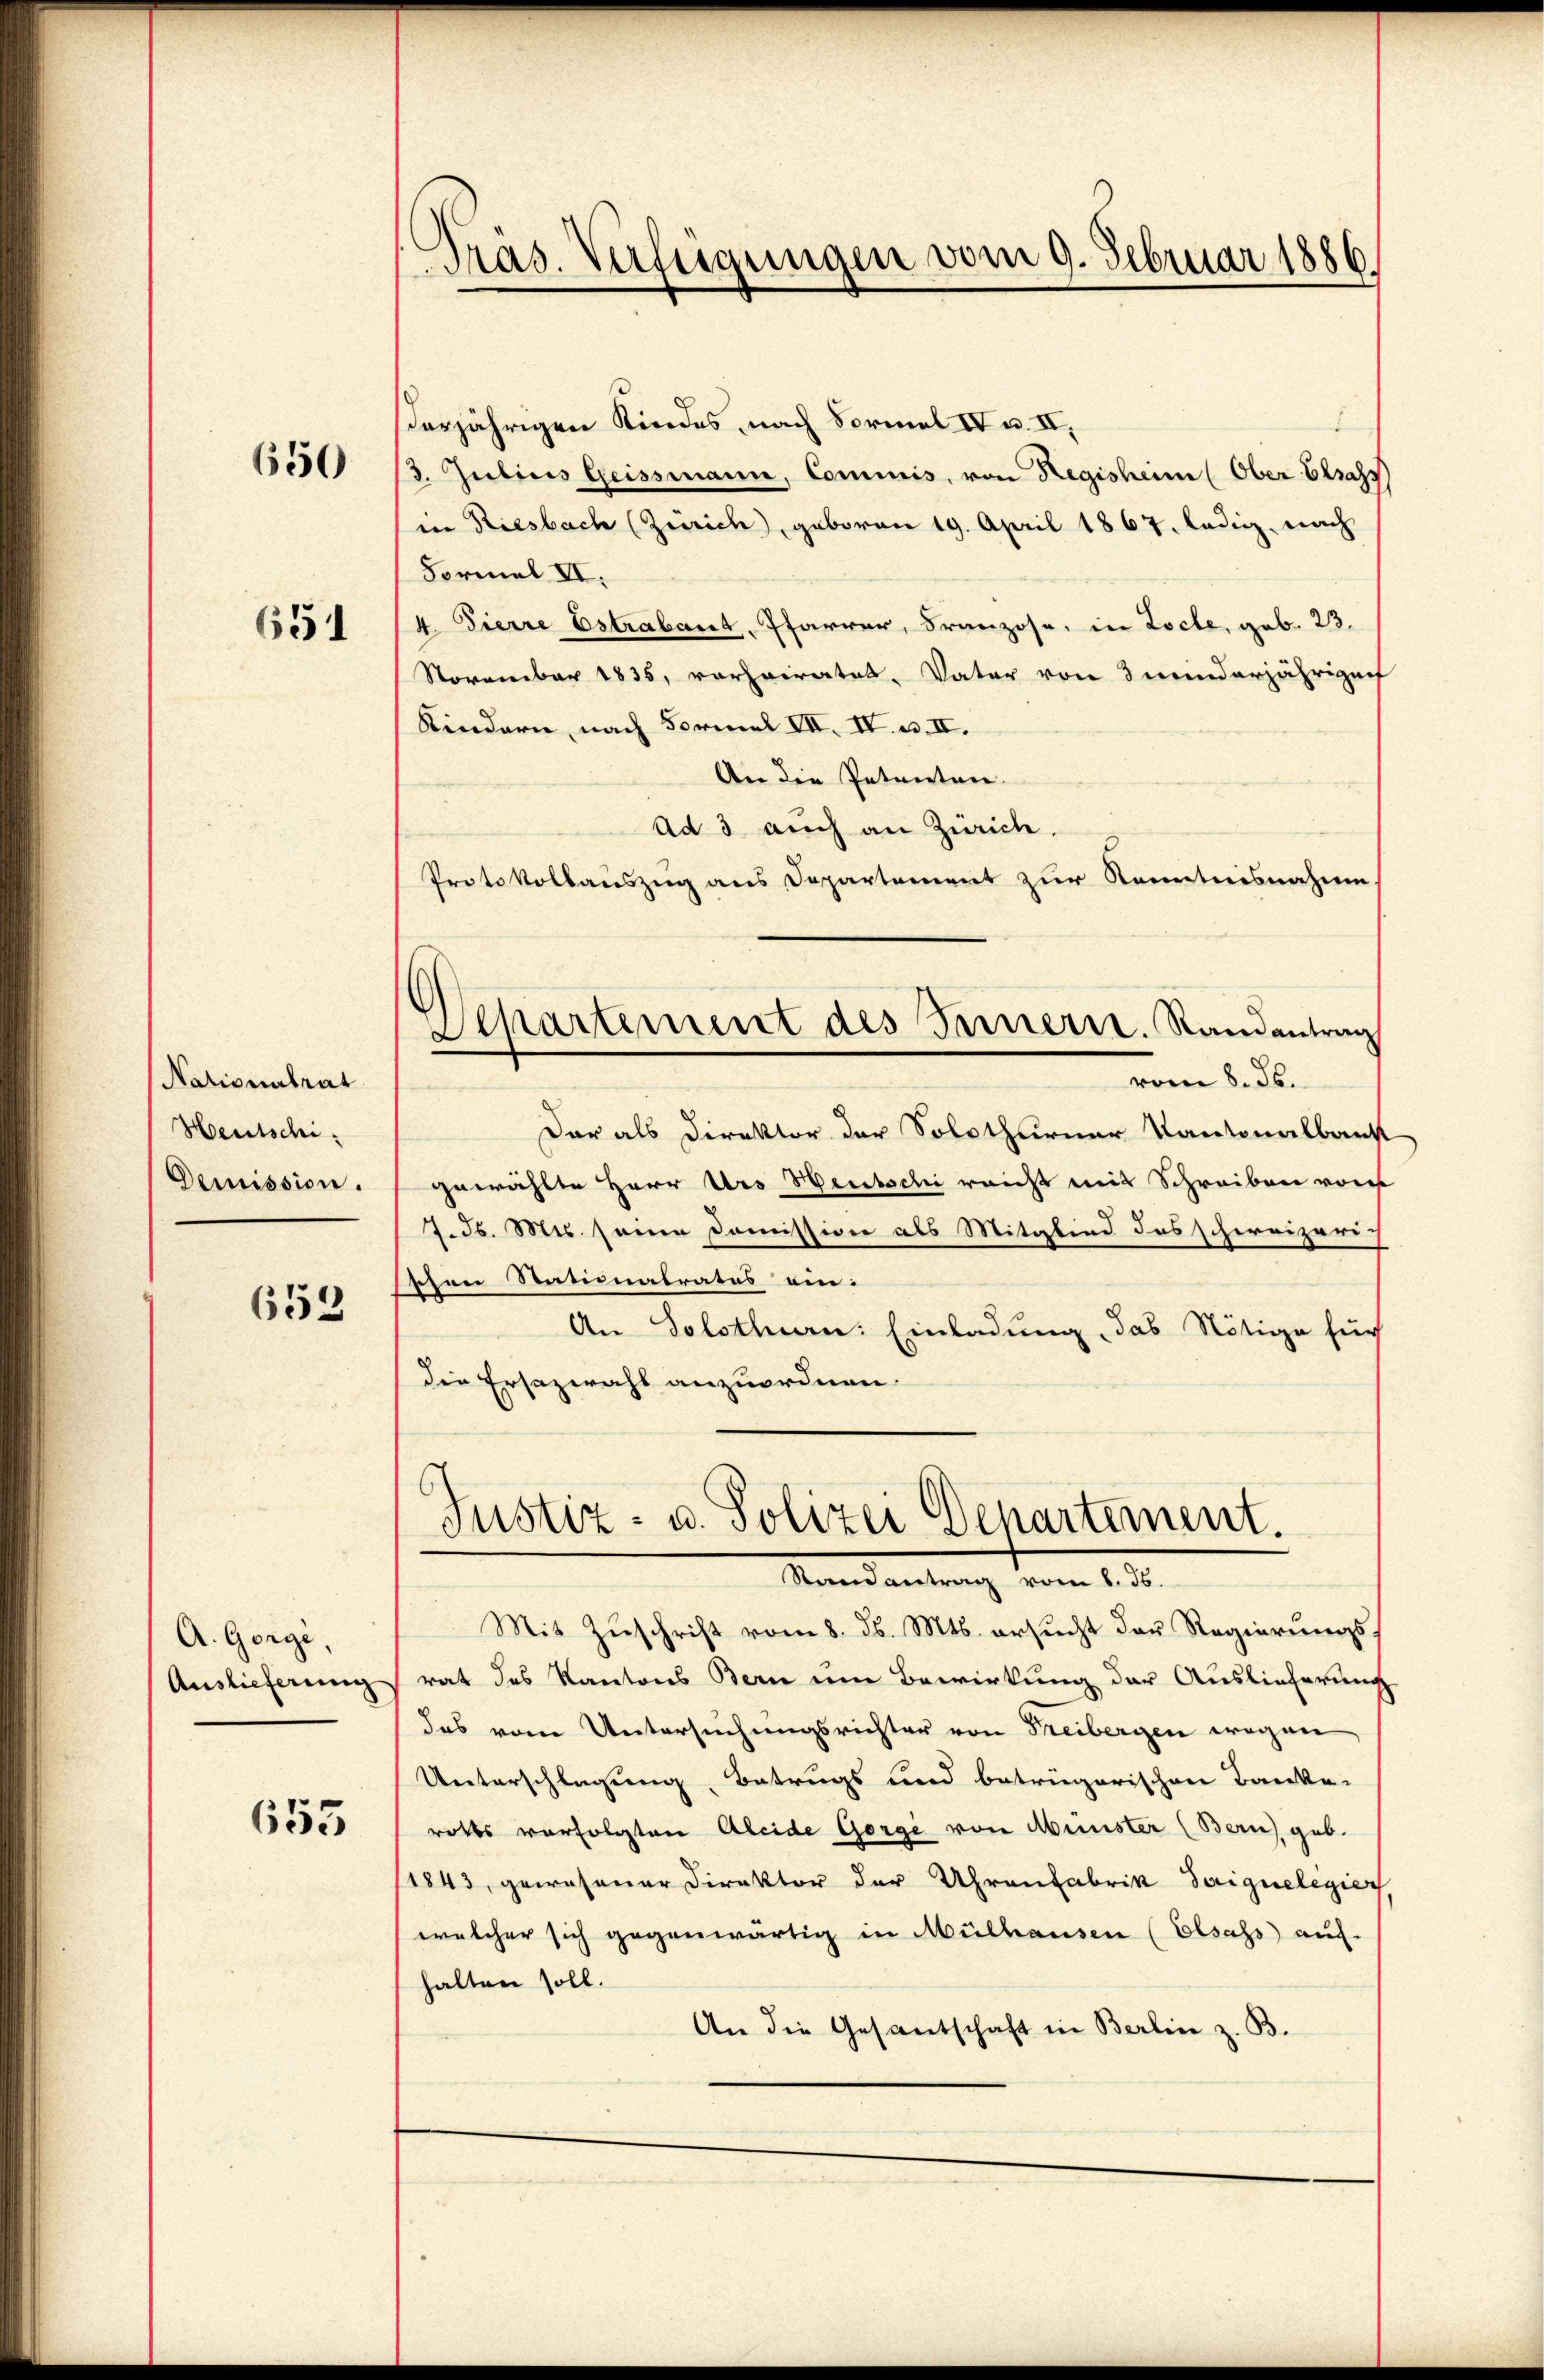
650

651

Nationalrat
Heutschi¬
Demission.

652

A. Gorgi,
Auslieferung

653

Präs. Verfügungen vom 9. Februar 1886.

erjährigen Kindes, nach Formel IV u. II,
3. Julius Geissmann, Commis, von Regisheim (Ober Elsass
in Riesbach (Zürich), geboren 19. April 1867. ledig, nach
Formel II.
4. Fierre Estrabant, Pfarrer, Franzose, in Loche, geb. 23.
November 1835, vorheiratet. Vater von 3 minderjährigen
Kindern, nach Formel VII. IV. u. II.
An die Petenten.
ad 3 auch an Zürich
Protokollauszug aus Departement zur Kenntnisnahme
¬
Separtement des Innern. Randantrag
vom 8. Jb.
Dar als Direktor der Solothurner Kantonalbank
gewählte Herr Urs Herbschi reicht mit Schreiben von
7. d. Mts. seine Commission als Mitglied des schweizeri-
sezen Stationalratus ein:
An Solothurn: Einladung, das Nötige für
die Ersazwahl anzuordnen.

Mit Zŭschrift vom 8. ds. Mts. ersucht der Regierungs-
rat des Kantons Bern um Bewirkung der Auslieferung
das vom Untersuchungsrichter von Freibergen wegen
Unterschlagung, Betrugs und betrügerischen Banke-
rotts vorfolgten Aleide Gorge von Minister (Bern, geb.
1843, gewesener Direktor der Uhrenfabrik Saignelegier
welcher sich gegenwärtig in Mülhausen (Elsass auf-
halten soll.
An die Gesandschaft in Berlin z. B.

Justiz- u. Polizei Departement.
Randantrag vom 1. Js.